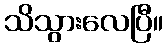
သိသွားလေပြီ။